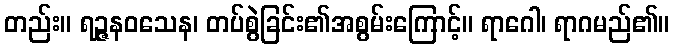
တည်း။ ရဉ္ဇနဝသေန၊ တပ်စွဲခြင်း၏အစွမ်းကြောင့်။ ရာဂေါ၊ ရာဂမည်၏။